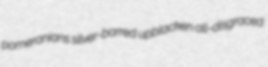
pomeranians silver-barred upblacken all-disgraced